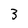
Character: 3